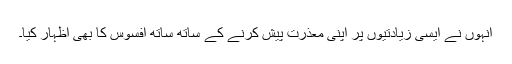
انہوں نے ایسی زیادتیوں پر اپنی معذرت پیش کرنے کے ساتھ ساتھ افسوس کا بھی اظہار کیا۔